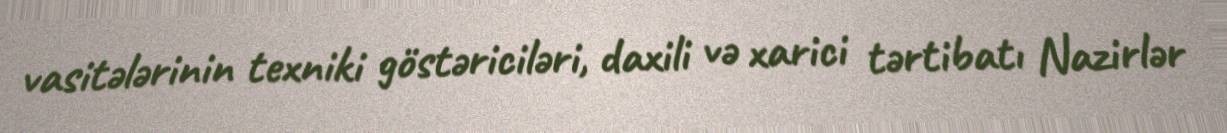
vasitələrinin texniki göstəriciləri, daxili və xarici tərtibatı Nazirlər